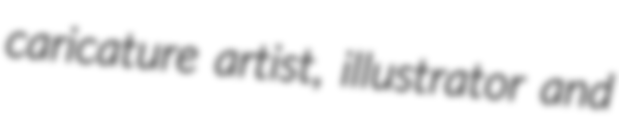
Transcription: caricature artist, illustrator and